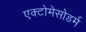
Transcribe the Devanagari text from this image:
एक्टोमेसोडर्म